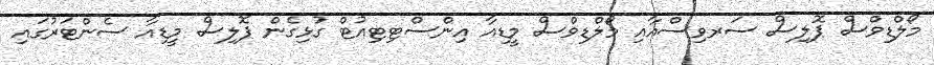
މޯލްޑިވްސް ޕޮލިސް ސަރވިސްއާއި މޯލްޑިވްސް މީޑިއާ އިންސްޓިޓިއުޓް ގުޅިގެން ޕޮލިސް މީޑިއާ ސެންޓަރުގައި